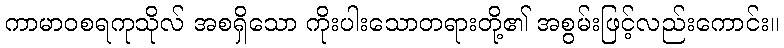
ကာမာဝစရကုသိုလ် အစရှိသော ကိုးပါးသောတရားတို့၏ အစွမ်းဖြင့်လည်းကောင်း။